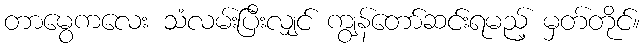
တာမွေကလေး သံလမ်းပြီးလျှင် ကျွန်တော်ဆင်းရမည့် မှတ်တိုင်။